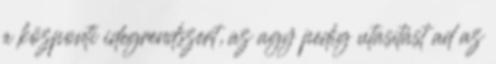
a központi idegrendszert, az agy pedig utasítást ad az